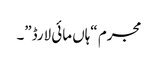
مجرم “ہاں مائی لارڈ”۔